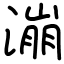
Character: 漰